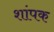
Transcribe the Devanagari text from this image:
शांपक